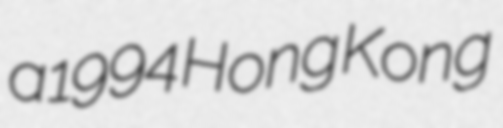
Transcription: a 1994 Hong Kong